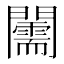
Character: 𨷘